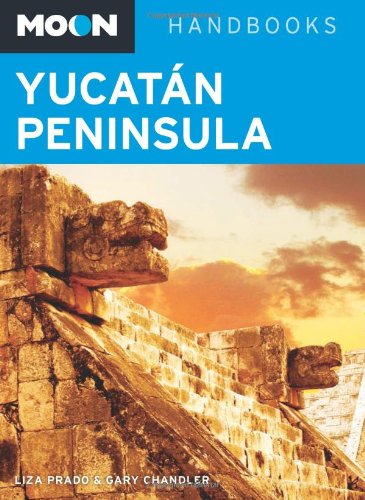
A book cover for Moon YucatÃ¡n Peninsula (Moon Handbooks); Liza Prado; Travel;